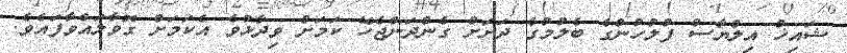
ޝައިޚް އިލްޔާސް ފުލުހުންގެ ބެލުމުގެ ދަށަށް ގެންދަންޖެހޭ ކަމަށް ވިދާޅުވެ އެކަމަށް ގޮވާލައްވާފައެވެ.